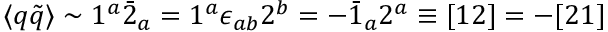
\langle q \tilde { q } \rangle \sim 1 ^ { a } \bar { 2 } _ { a } = 1 ^ { a } \epsilon _ { a b } 2 ^ { b } = - \bar { 1 } _ { a } 2 ^ { a } \equiv [ 1 2 ] = - [ 2 1 ]